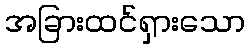
အခြားထင်ရှားသော